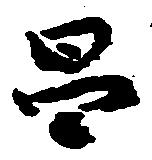
昌